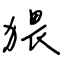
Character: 猥